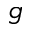
g